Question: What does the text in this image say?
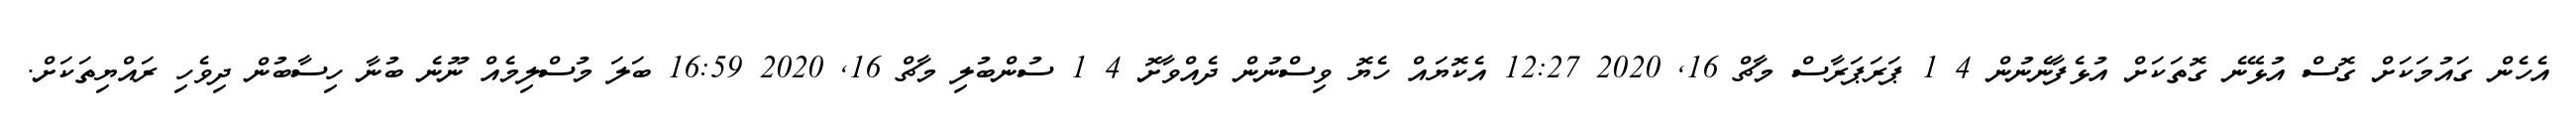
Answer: އެހެން ގައުމަކަށް ގޮސް އުޅޭނެ ގޮތަކަށް އުޅެފާނެނުން 4 1 ޕަރަޕަރާސް މާޗް 16, 2020 12:27 އެކޮޔައް ހެޔޮ ވިސްނުން ދެއްވާށޮ 4 1 ސުންބުލި މާޗް 16, 2020 16:59 ބަލަ މުސްލިމެއް ނޫނެ ބުނާ ހިސާބުން ދިވެހި ރައްޔިތަކަށް.